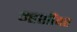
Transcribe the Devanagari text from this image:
म्हशींवर